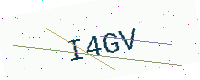
Text: I4GV